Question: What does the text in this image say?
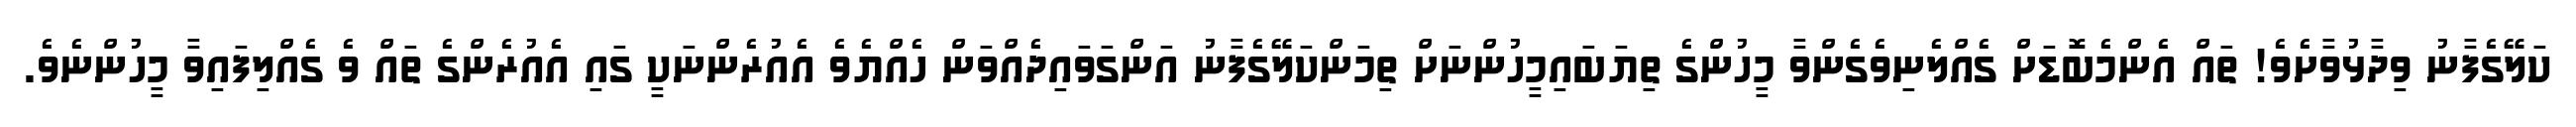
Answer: ކަލޭގެފާނު ވިދާޅުވާށެވެ! ތައް އެންމެބޮޑަށް ގެއްލެނިވެގެންވާ މީހުންގެ ތިޔަބައިމީހުންނަށް ތިމަންކަލޭގެފާނު އަންގަވައިދެއްވަން ހެއްޔެވެ އެއުރެންނަކީ ގައި އެއުރެންގެ ތައް ވެ ގެއްލިފައިވާ މީހުންނެވެ.